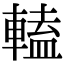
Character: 𨍰